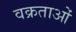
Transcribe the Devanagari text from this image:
वक्रताओं